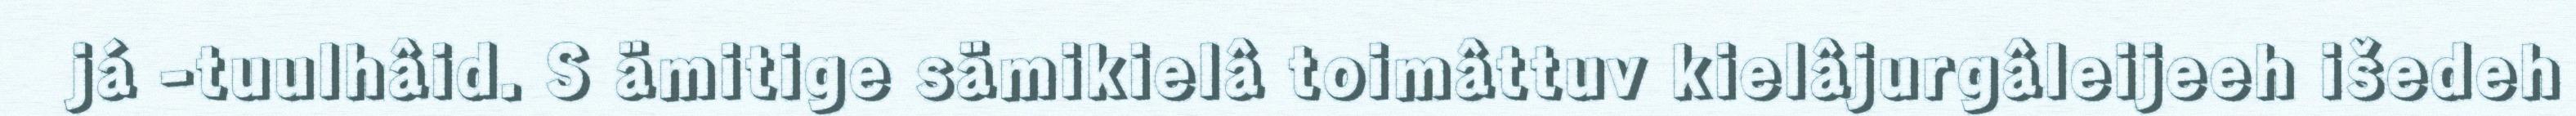
já -tuulhâid. S ämitige sämikielâ toimâttuv kielâjurgâleijeeh išedeh